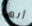
أنها